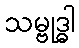
သမ္ဗုဒ္ဓါ